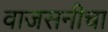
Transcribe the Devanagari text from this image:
वाजसनीचा